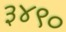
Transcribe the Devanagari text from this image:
३४९०